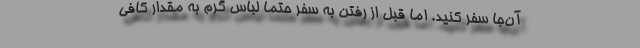
آن‌جا سفر کنید. اما قبل از رفتن به سفر حتما لباس گرم به مقدار کافی